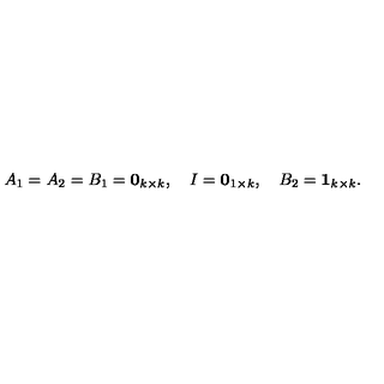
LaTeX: A _ { 1 } = A _ { 2 } = B _ { 1 } = \mathbf { 0 } _ { k \times k } , \quad I = \mathbf { 0 } _ { 1 \times k } , \quad B _ { 2 } = \mathbf { 1 } _ { k \times k } .